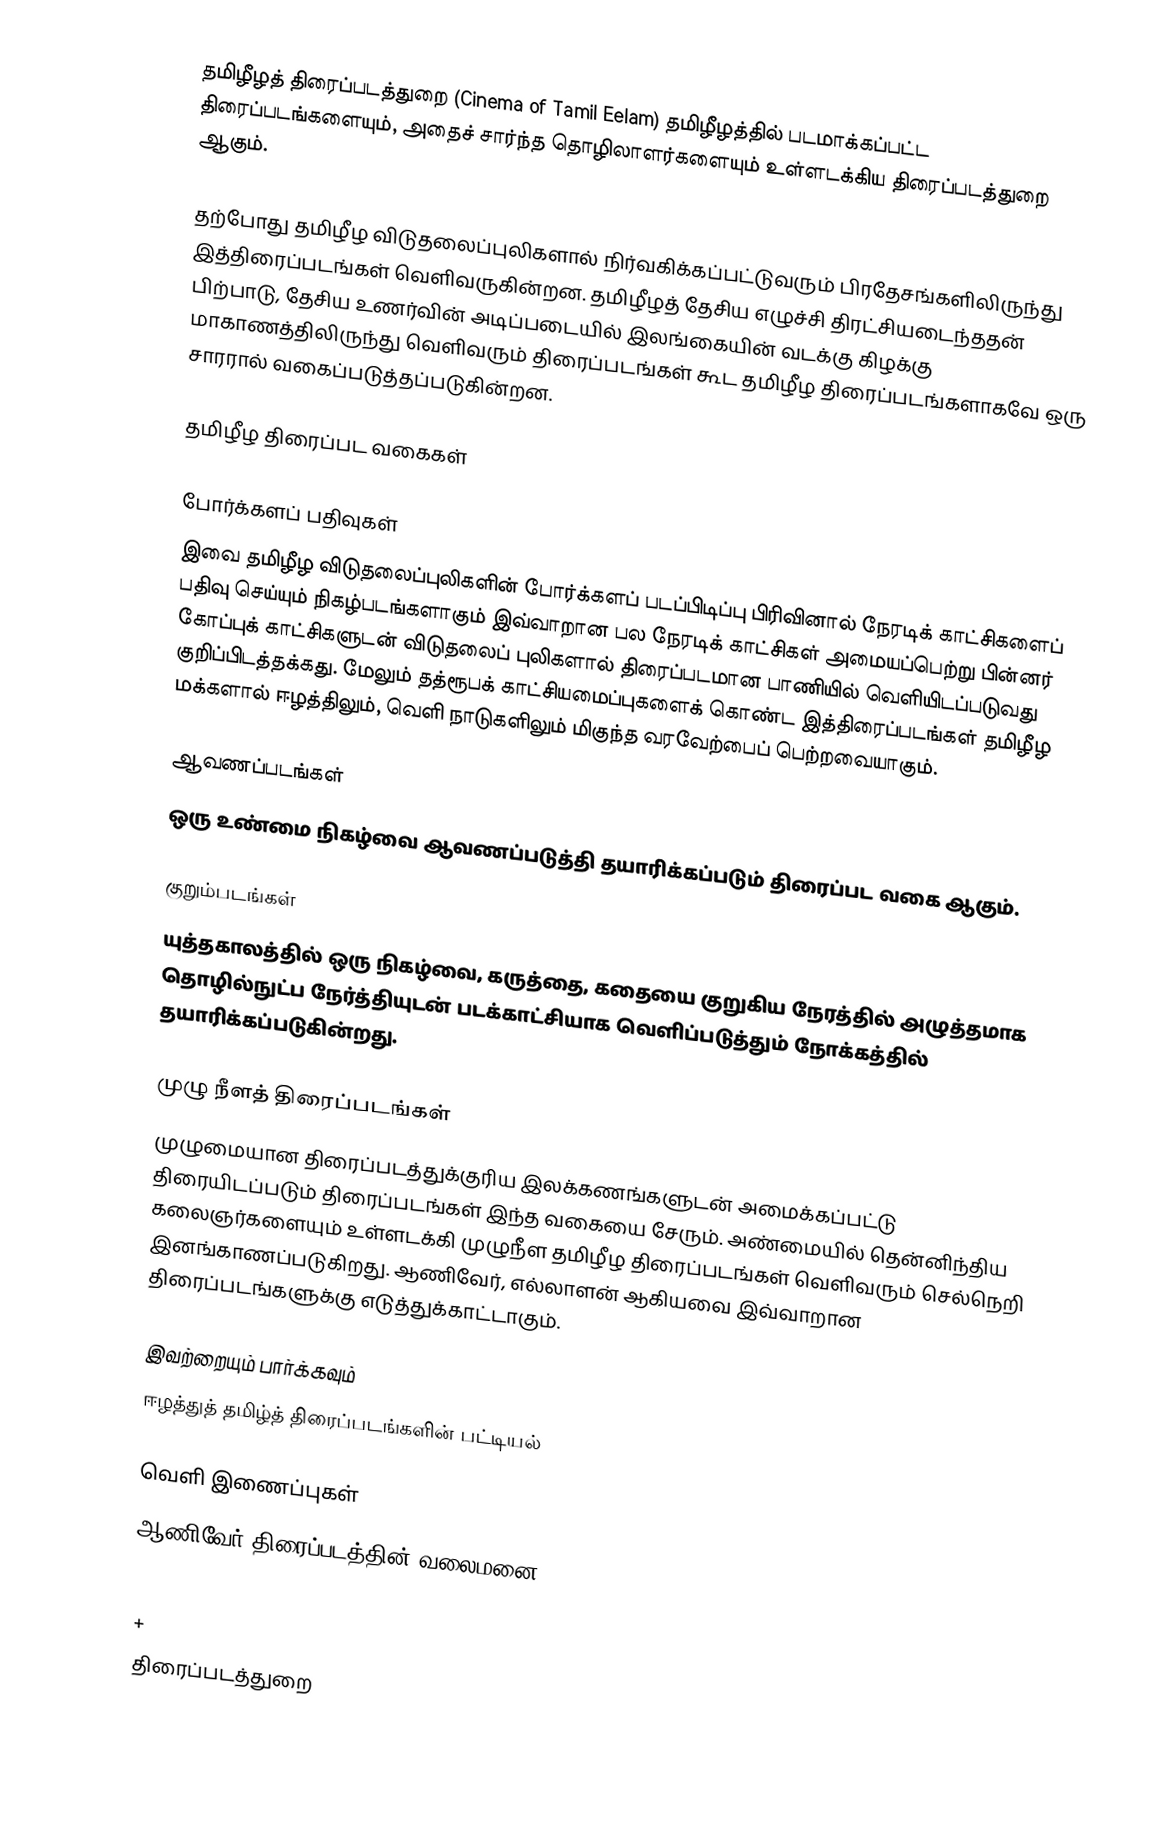
தமிழீழத் திரைப்படத்துறை (Cinema of Tamil Eelam) தமிழீழத்தில் படமாக்கப்பட்ட திரைப்படங்களையும், அதைச் சார்ந்த தொழிலாளர்களையும் உள்ளடக்கிய திரைப்படத்துறை ஆகும்.

தற்போது தமிழீழ விடுதலைப்புலிகளால் நிர்வகிக்கப்பட்டுவரும் பிரதேசங்களிலிருந்து இத்திரைப்படங்கள் வெளிவருகின்றன. தமிழீழத் தேசிய எழுச்சி திரட்சியடைந்ததன் பிற்பாடு, தேசிய உணர்வின் அடிப்படையில் இலங்கையின் வடக்கு கிழக்கு மாகாணத்திலிருந்து வெளிவரும் திரைப்படங்கள் கூட தமிழீழ திரைப்படங்களாகவே ஒரு சாரரால் வகைப்படுத்தப்படுகின்றன.

தமிழீழ திரைப்பட வகைகள்

போர்க்களப் பதிவுகள்
இவை தமிழீழ விடுதலைப்புலிகளின் போர்க்களப் படப்பிடிப்பு பிரிவினால் நேரடிக் காட்சிகளைப் பதிவு செய்யும் நிகழ்படங்களாகும் இவ்வாறான பல நேரடிக் காட்சிகள் அமையப்பெற்று பின்னர்  கோப்புக் காட்சிகளுடன் விடுதலைப் புலிகளால் திரைப்படமான பாணியில் வெளியிடப்படுவது குறிப்பிடத்தக்கது. மேலும் தத்ரூபக் காட்சியமைப்புகளைக் கொண்ட இத்திரைப்படங்கள் தமிழீழ மக்களால் ஈழத்திலும், வெளி நாடுகளிலும் மிகுந்த வரவேற்பைப் பெற்றவையாகும்.

ஆவணப்படங்கள்
ஒரு உண்மை நிகழ்வை ஆவணப்படுத்தி தயாரிக்கப்படும் திரைப்பட வகை ஆகும்.

குறும்படங்கள்
யுத்தகாலத்தில் ஒரு நிகழ்வை, கருத்தை, கதையை குறுகிய நேரத்தில் அழுத்தமாக தொழில்நுட்ப நேர்த்தியுடன் படக்காட்சியாக வெளிப்படுத்தும் நோக்கத்தில் தயாரிக்கப்படுகின்றது.

முழு நீளத் திரைப்படங்கள்
முழுமையான திரைப்படத்துக்குரிய இலக்கணங்களுடன் அமைக்கப்பட்டு திரையிடப்படும் திரைப்படங்கள் இந்த வகையை சேரும். அண்மையில் தென்னிந்திய கலைஞர்களையும் உள்ளடக்கி முழுநீள தமிழீழ திரைப்படங்கள் வெளிவரும் செல்நெறி இனங்காணப்படுகிறது. ஆணிவேர், எல்லாளன் ஆகியவை இவ்வாறான திரைப்படங்களுக்கு எடுத்துக்காட்டாகும்.

இவற்றையும் பார்க்கவும்
 ஈழத்துத் தமிழ்த் திரைப்படங்களின் பட்டியல்

வெளி இணைப்புகள்
 ஆணிவேர் திரைப்படத்தின் வலைமனை

+
திரைப்படத்துறை